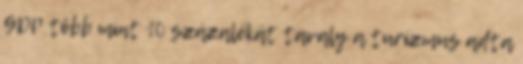
GDP több mint 10 százalékát tavaly a turizmus adta